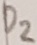
Text: D2